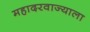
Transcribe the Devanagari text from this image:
महादरवाज्याला